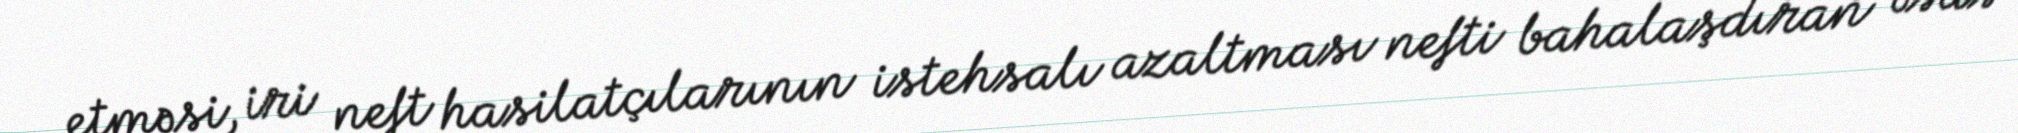
etməsi, iri neft hasilatçılarının istehsalı azaltması nefti bahalaşdıran əsas